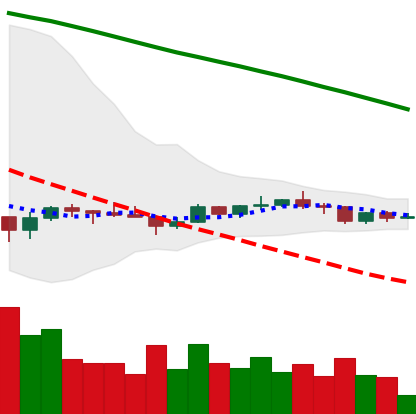
Ticker: ADA-USD
Chart end date: 2022-12-10
Forward return: -3.968%
Label: down_3_5